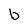
Character: b